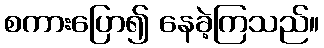
စကားပြော၍ နေခဲ့ကြသည်။